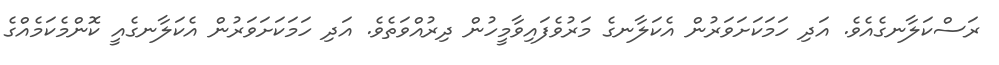
ރަސްކަލާނގެއެވެ. އަދި ހަމަކަށަވަރުން އެކަލާނގެ މަރުވެފައިވާމީހުން ދިރުއްވަތެވެ. އަދި ހަމަކަށަވަރުން އެކަލާނގެއީ ކޮންމެކަމެއްގެ